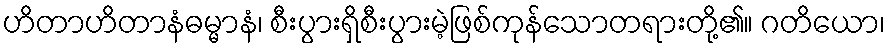
ဟိတာဟိတာနံဓမ္မာနံ၊ စီးပွားရှိစီးပွားမဲ့ဖြစ်ကုန်သောတရားတို့၏။ ဂတိယော၊